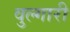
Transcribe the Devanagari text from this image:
वुल्गारी